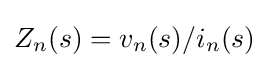
Z_{n}(s)=v_{n}(s)/i_{n}(s)